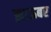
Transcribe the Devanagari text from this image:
झाऊबर